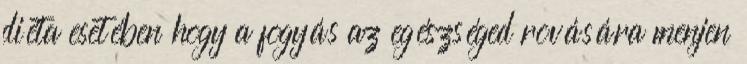
diéta esetében hogy a fogyás az egészséged rovására menjen